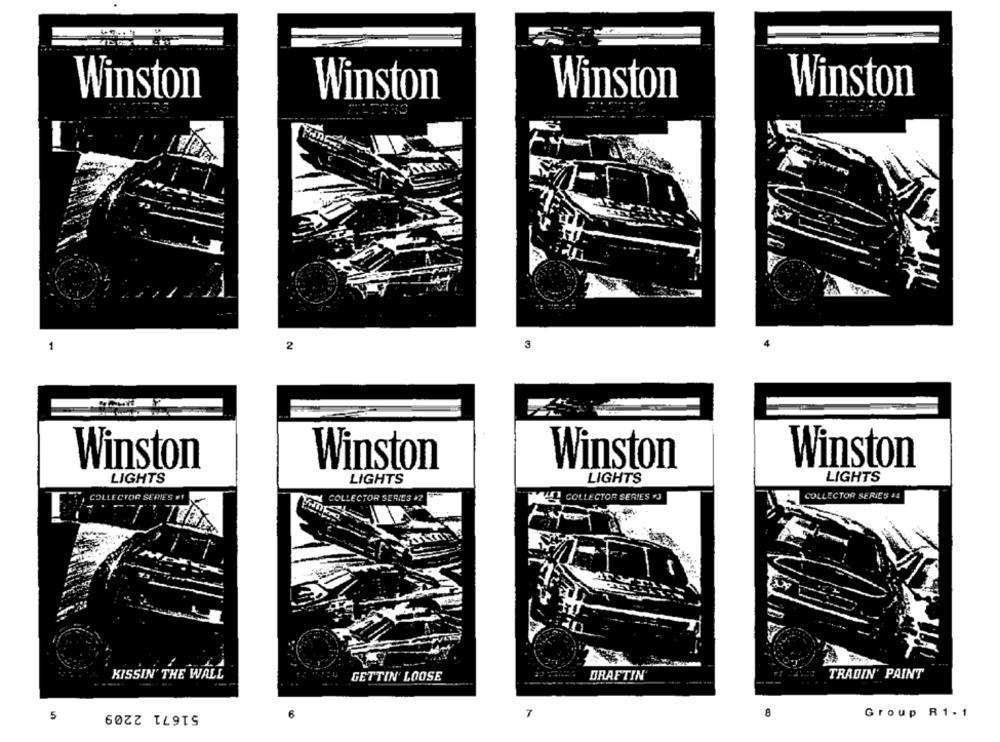
Winston
Winston
Winston
Winston
2
Winston
Winston
Winston
Winston
LIGHTS
LIGHTS
LIGHTS
LIGHTS
COLLECTOR SERIES #1
COLLECTOR SERIES >2
MI COLLECTOR SERIES "J
COLLECTOR SERIES 44
KISSIN' THE WALL
DRAFTIN
TRADIN' PAINT
GETTIN' LOOSE
51671 2209
8
Group R1-1
5
7